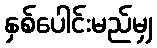
နှစ်ပေါင်းမည်မျှ